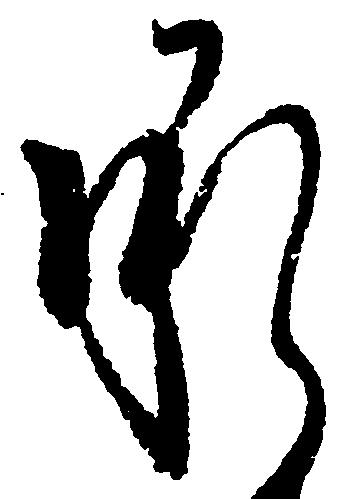
承